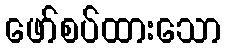
ဖော်စပ်ထားသော